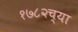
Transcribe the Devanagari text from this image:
१७८२च्या